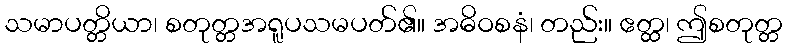
သမာပတ္တိယာ၊ စတုတ္တအရူပသမပတ်၏။ အဓိဝစနံ၊ တည်း။ ဧတ္ထ၊ ဤစတုတ္တ